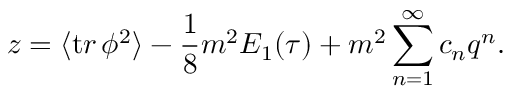
z = \langle { \mathrm t r } \, \phi ^ { 2 } \rangle - { \frac { 1 } { 8 } } m ^ { 2 } E _ { 1 } ( \tau ) + m ^ { 2 } \sum _ { n = 1 } ^ { \infty } c _ { n } q ^ { n } .